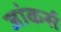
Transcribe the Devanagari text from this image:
जांकर्स